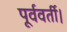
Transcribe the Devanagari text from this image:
पूर्ववर्ती।